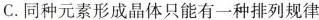
C.同种元素形成晶体只能有一种排列规律